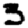
Digit: 3